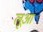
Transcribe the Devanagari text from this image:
लूआ